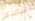
سأتذكر